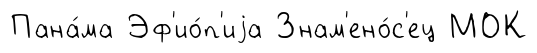
Пана́ма Эф'ио́п'иjа Знам'ено́с'ец МОК